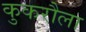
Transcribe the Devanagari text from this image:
कुकरौला